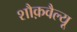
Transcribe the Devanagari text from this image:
शौक़वैल्यू